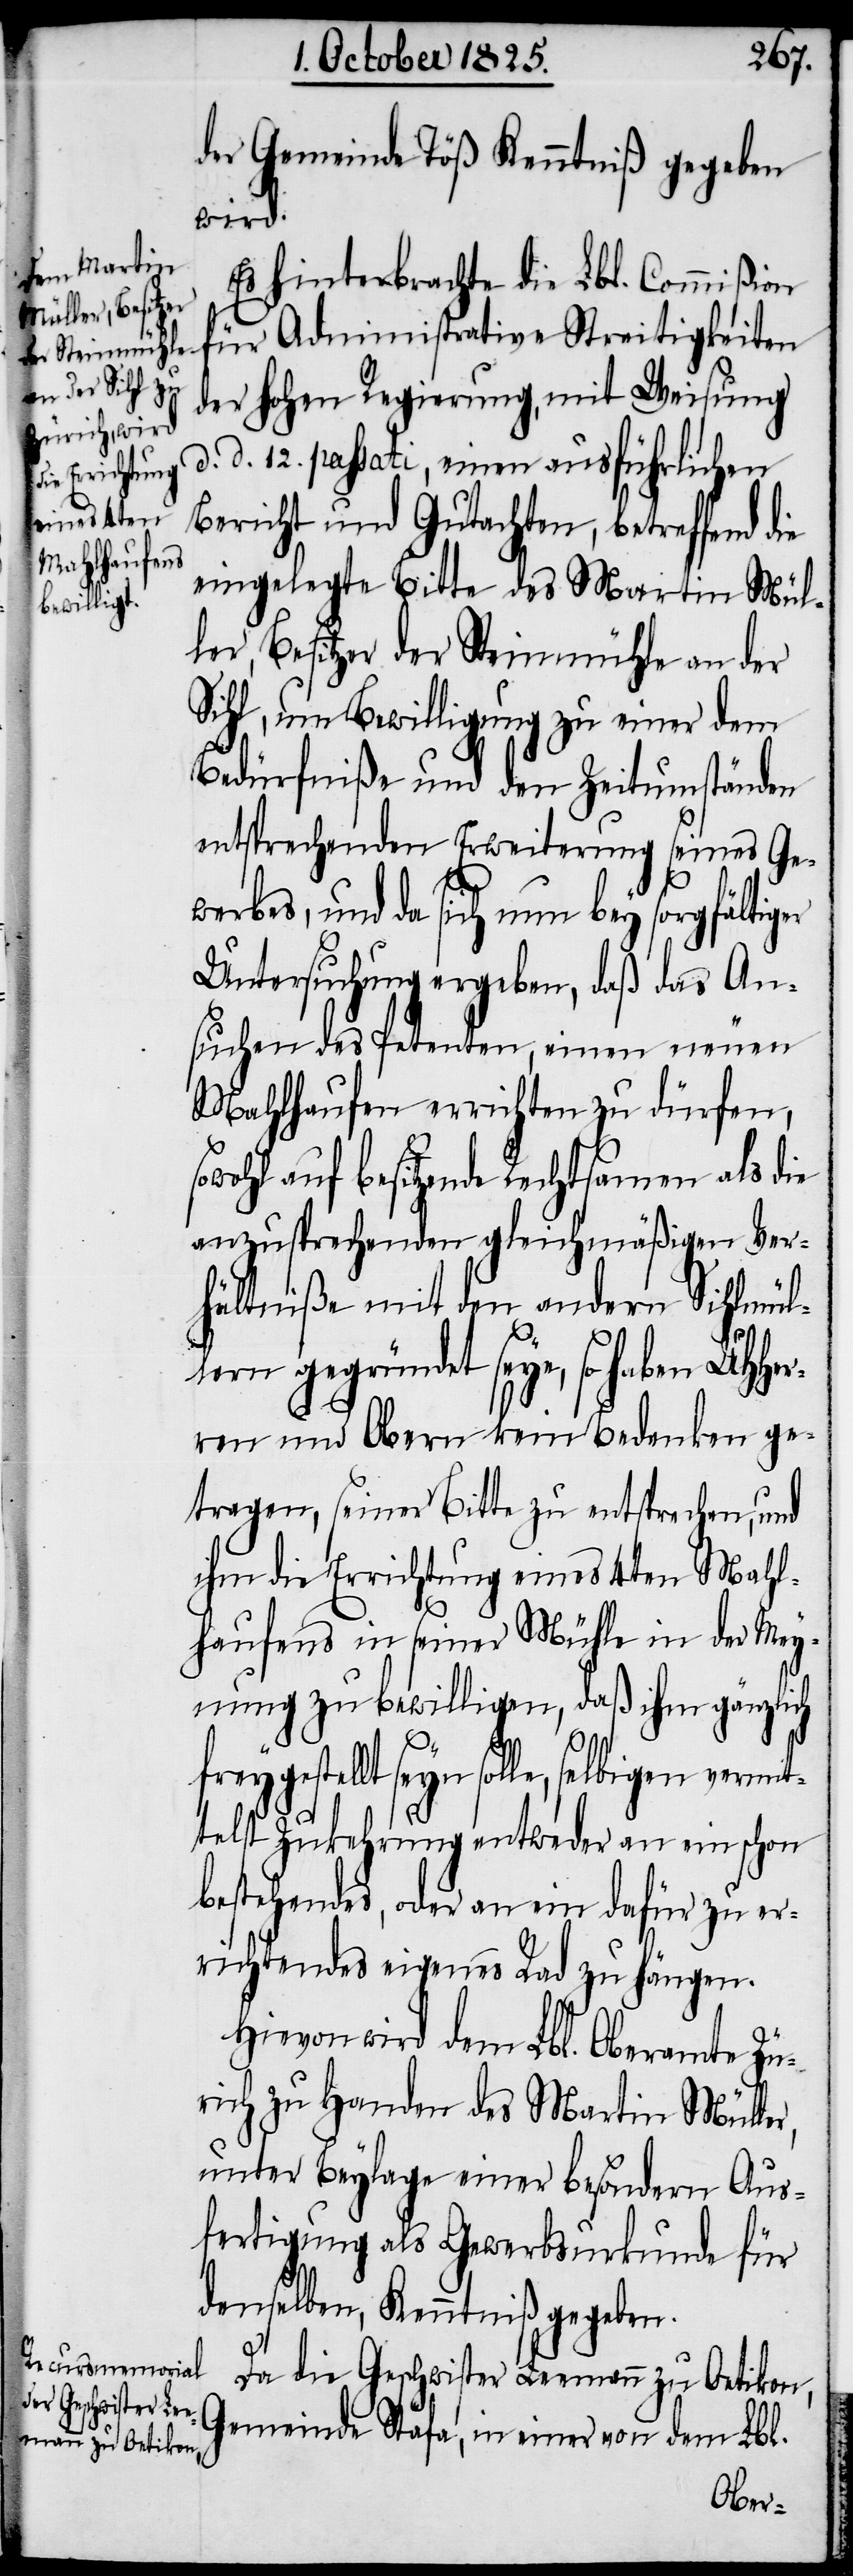
von dem Lbl.

der Gemeinde Töß Kenntniß gegeben
wird.
Es hinterbrachte die Lbl. Commißion
für Administrative Streitigkeiten
der hohen Regierung, mit Weisung
d. d. 12. passati, einen ausführlichen
Bericht und Gutachten, betreffend die
eingelegte Bitte des Martin Mül¬
ler, Besitzer der Steinmühle an der
Sihl, um Bewilligung zu einer dem
Bedürfniße und den Zeitumständen
entsprechenden Erweiterung seines Ge¬
werbes, und da sich nun bey sorgfältiger
Untersuchung ergeben, daß das An¬
suchen des Petenten, einen neuen
Mahlhaufen errichten zu dürfen,
wohl auf besitzende Rechtsamen als die
anzusprechenden gleichmäßigen Ver¬
hältniße mit den andern Sihlmül¬
fr¬
lern gegründet seye, so haben UHHer¬
ren und Obern kein Bedenken ge¬
tragen, seiner Bitte zu entsprechen, und
ihm die Errichtung eines 4ten Mahl¬
haufens in seiner Mühle in der Mey¬
nung zu bewilligen, daß ihm gänzlich
eygestellt seyn solle, selbigen vermit¬
telst Zukehrung entweder an ein schon
bestehendes, oder an ein dafür zu er¬
richtendes eigenes Rad zu hängen.
Hievon wird dem Lbl. Oberamte Zü¬
rich zu Handen des Martin Müller,
unter Beylage einer besondern Aus¬
fertigung als Gewerbsurkunde für
demselben, Kenntniß gegeben.
Da die Geschwister Leemann zu Oetikon,